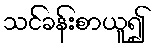
သင်ခန်းစာယူ၍